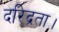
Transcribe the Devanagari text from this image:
दरिद्रता।